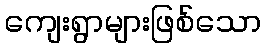
ကျေးရွာများဖြစ်သော